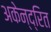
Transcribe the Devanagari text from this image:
अकेन्द्रित